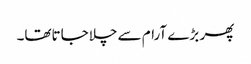
پھر بڑے آرام سے چلاجاتاتھا۔